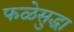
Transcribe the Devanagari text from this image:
फळेसुद्धा